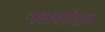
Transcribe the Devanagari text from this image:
नलचरितम